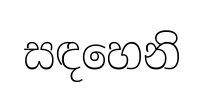
සඳහෙනි